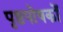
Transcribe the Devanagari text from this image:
पृष्ठपोषकों